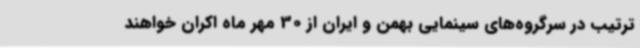
ترتیب در سرگروه‌های سینمایی بهمن و ایران از 30 مهر ماه اکران خواهند